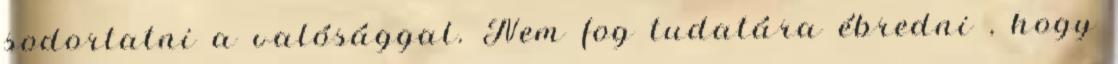
sodortatni a valósággal. Nem fog tudatára ébredni , hogy